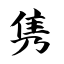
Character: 隽